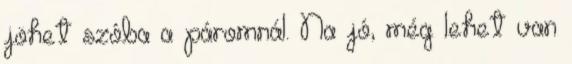
jöhet szóba a páromnál. Na jó, még lehet van